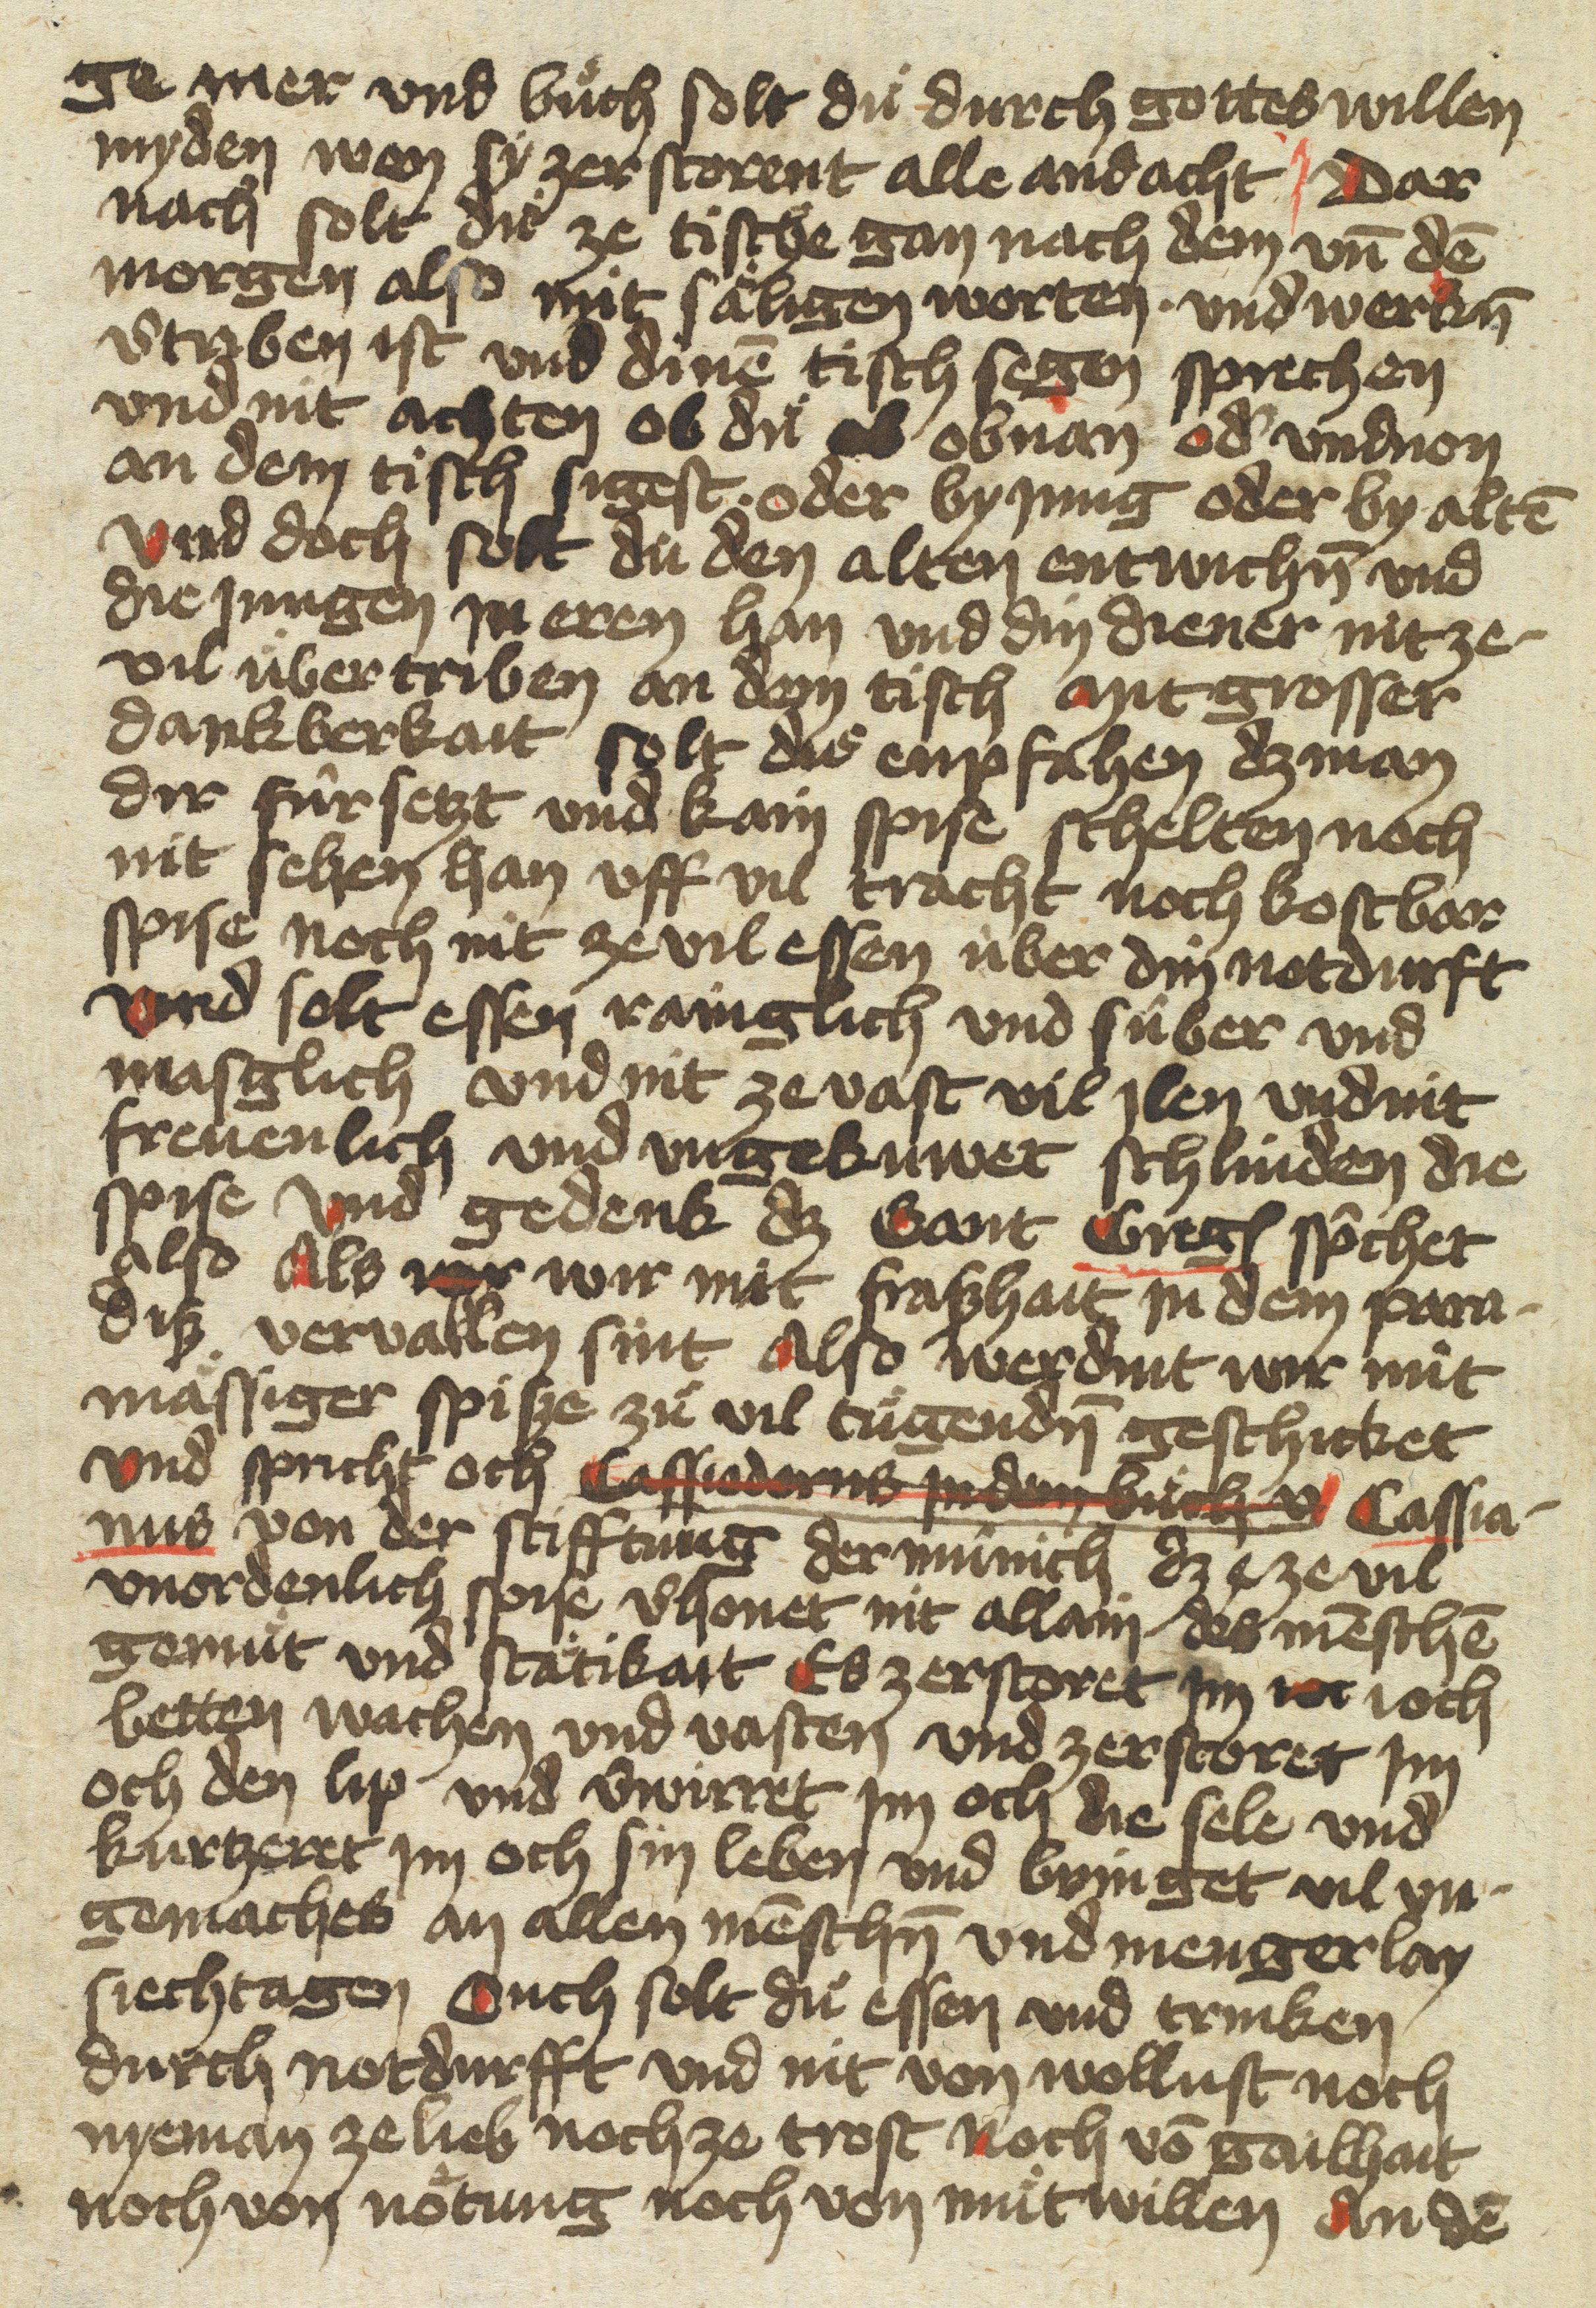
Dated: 1400–1499